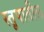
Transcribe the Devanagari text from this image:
स्तूपातील